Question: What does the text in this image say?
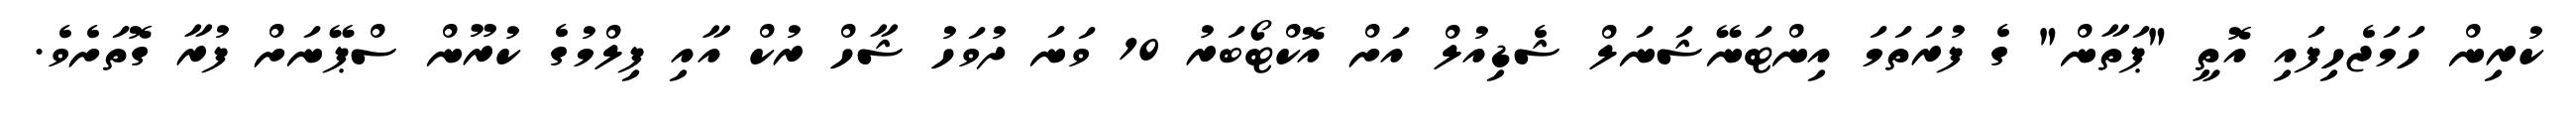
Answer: ކުރިން ހަމަޖެހިފައި އޮތީ "ޕަތާން" ގެ ފުރަތަމަ އިންޓަނޭޝަނަލް ޝެޑިއުލް އަށް އޮކްޓޯބަރު 10 ވަނަ ދުވަހު ޝާހް ރުކް އާއި ފިލްމުގެ ކުރޫން ސްޕޭނަށް ފުރާ ގޮތަށެވެ.